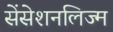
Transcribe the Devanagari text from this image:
सेंसेशनलिज्म